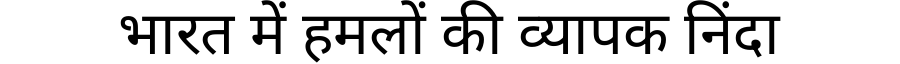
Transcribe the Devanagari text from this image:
भारत में हमलों की व्यापक निंदा